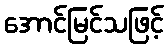
အောင်မြင်သဖြင့်